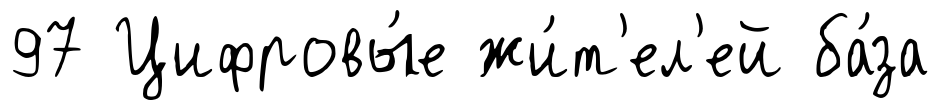
97 Цифровы́е жи́т'ел'ей ба́за